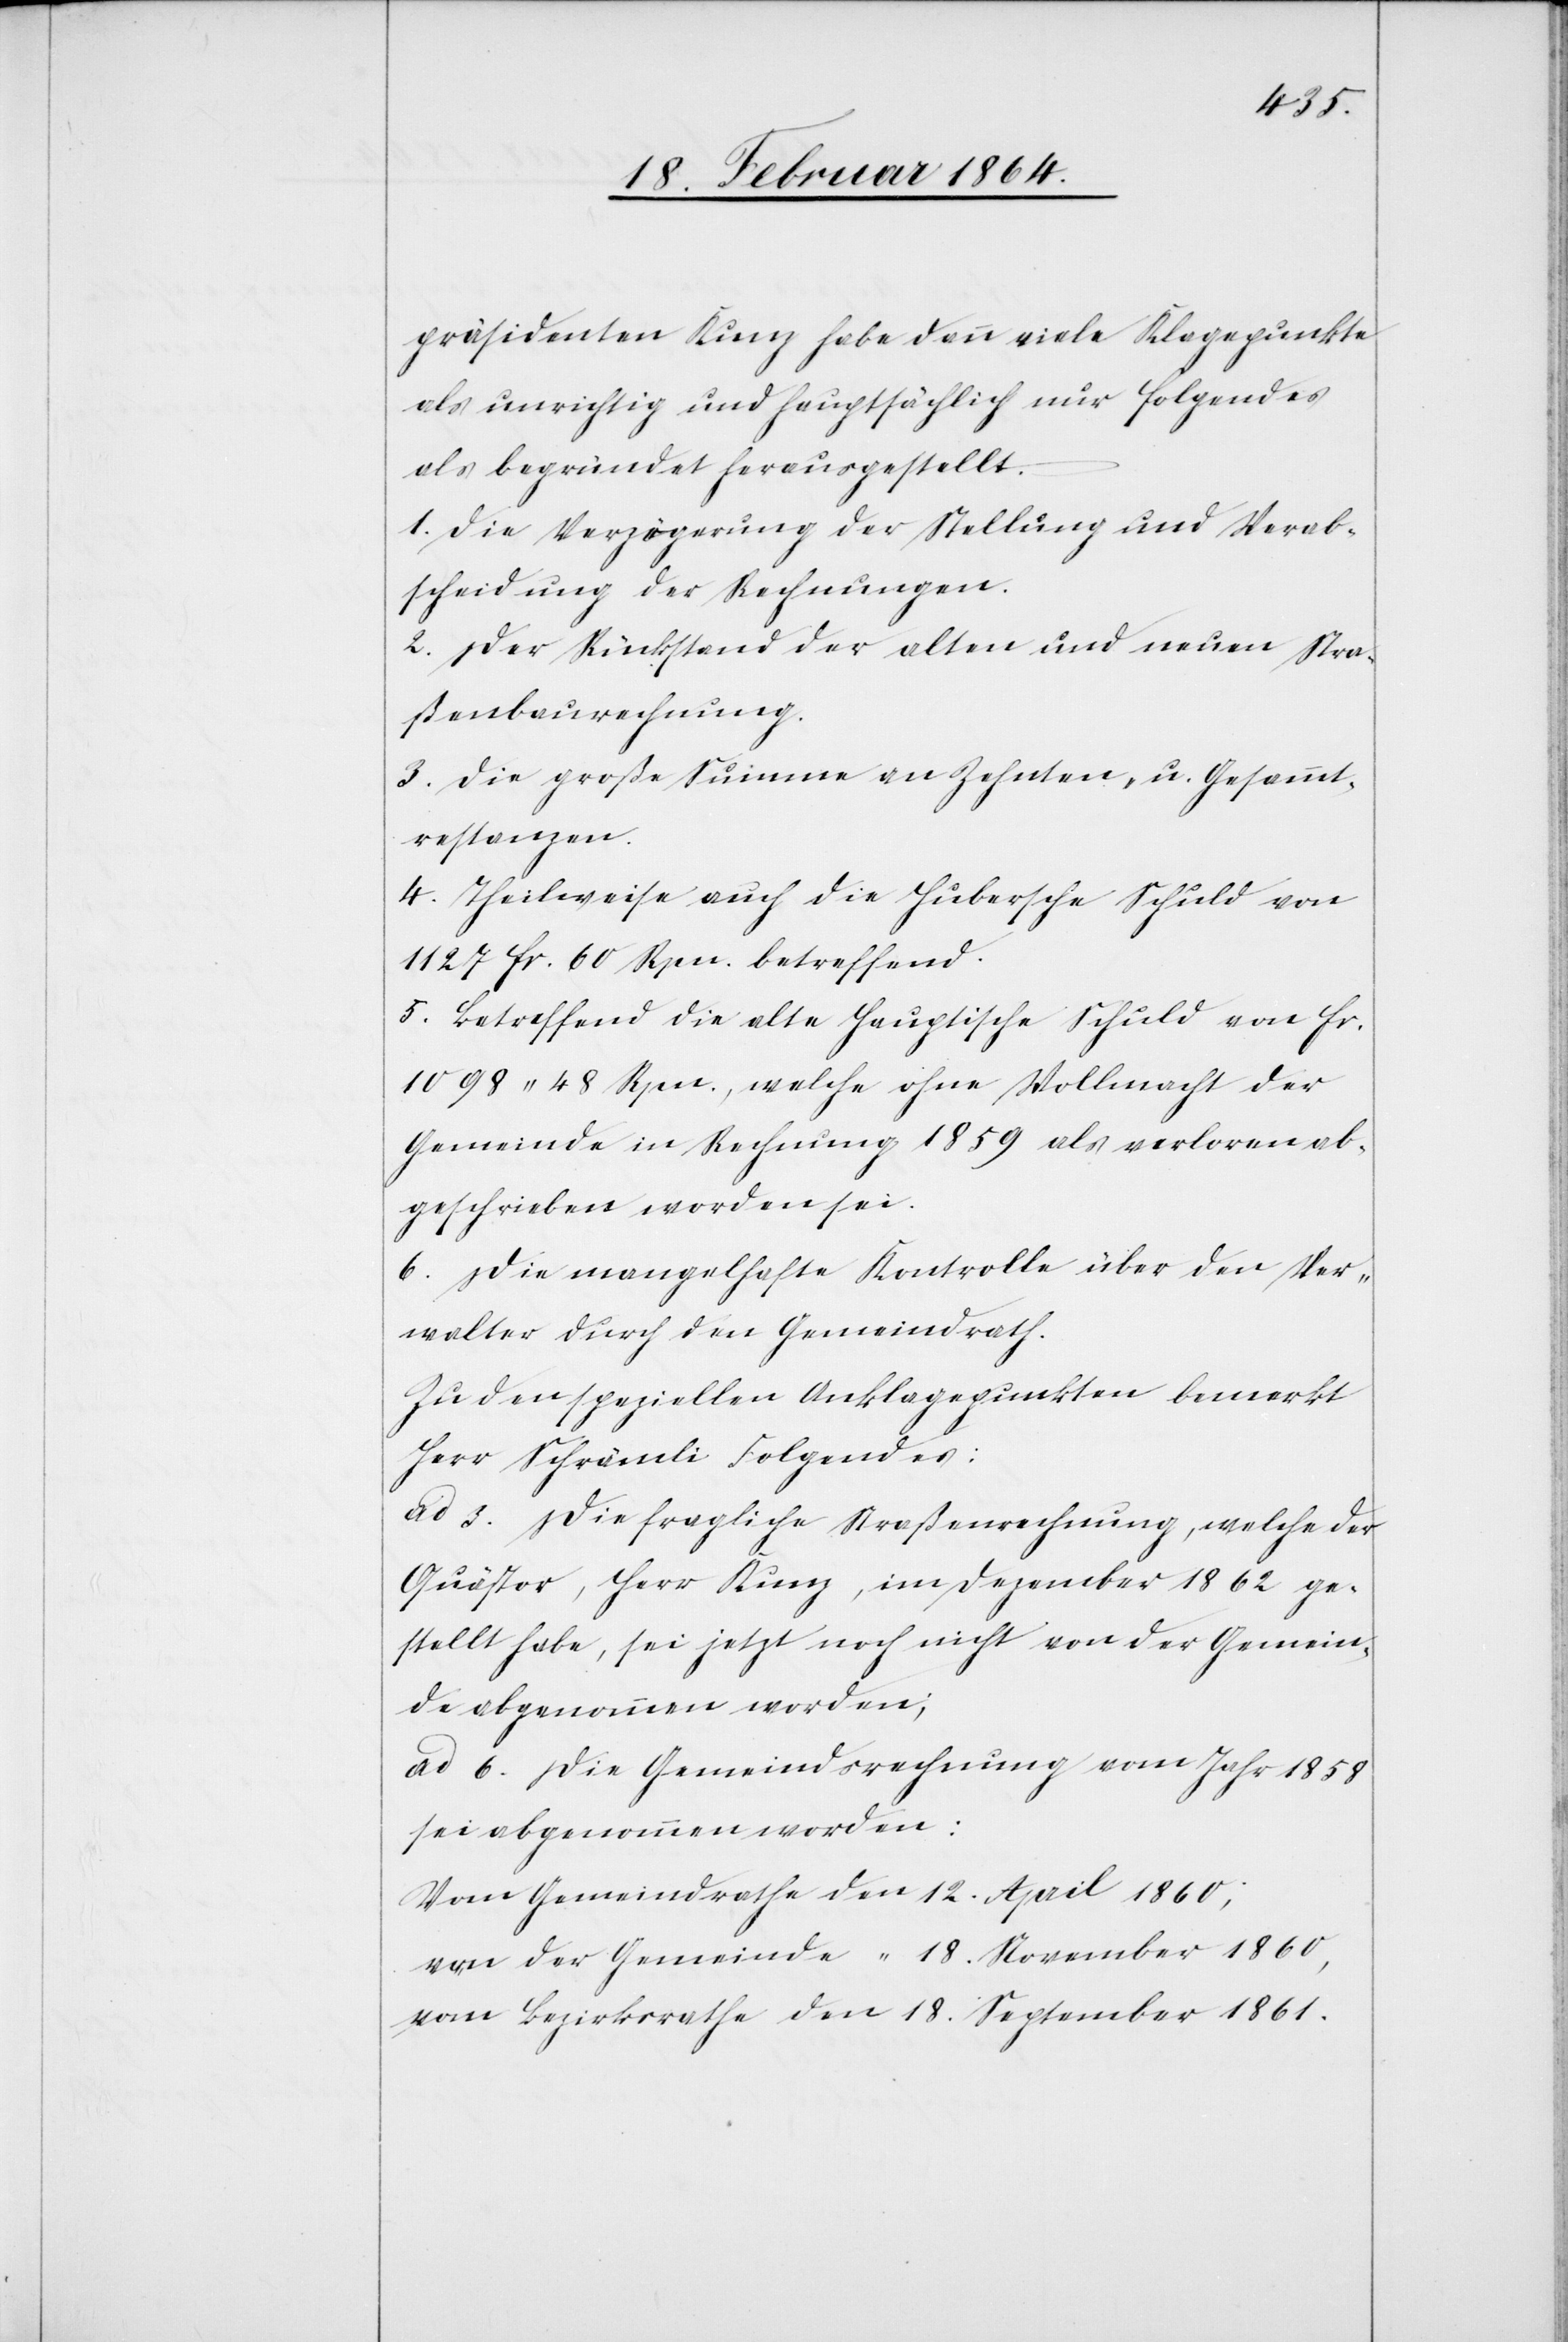
Rechnungen.
präsidenten Kunz habe dann viele Klagepunkte
als unrichtig und hauptsächlich nur folgendes
als begründet herausgestellt.
1. Die Verzögerung der Stellung und Verab¬
2. Der Rückstand der alten und neuen Stra¬
ßenrechnung.
3. Die große Summe an Zehnten, u. Gesammt¬
restanzen.
4. Theilweise auch die Hubersche Schuld von
1127 fr. 60 Rpn. betreffend.
5. Betreffend die alte Hauptische Schuld von fr.
1098 48 Rpn., welche ohne Vollmacht der
Gemeinde in Rechnung 1859 als verloren ab¬
geschrieben worden sei.
6. Die mangelhafte Kontrolle über den Ver¬
walter durch den Gemeindrath.
Zu den speziellen Anklagepunkten bemerkt
Herr Schrämli Folgendes:
ad 3. Die fragliche Straßenrechnung, welche der
Quästor, Herr Kunz, im Dezember 1862 ge¬
stellt habe, sei jetzt noch nicht von der Gemein¬
de abgenommen worden;
ad 6. Die Gemeindsrechnung vom Jahr 1858
sei abgenommen worden:
Vom Gemeindrathe den 12. April 1860;
von der Gemeinde “ 18. November 1860,
vom Bezirksrathe den 18. September 1861.